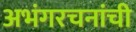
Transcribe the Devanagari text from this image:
अभंगरचनांची